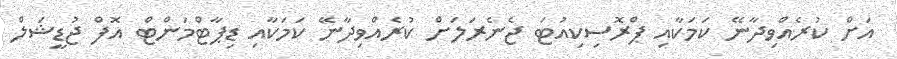
އަށް ކުރެއްވިދާނޭ ކަމަކާއި ޕްރޮސިކިއުޓަ ޖެނެރަލަށް ކުރެއްވިދާނޭ ކަމަކާއި ޑިޕާޓްމަންޓް އޮފް ޖުޑީޝަލް